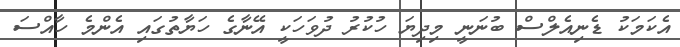
އެކަމަކު ޑެނިއެލްސް ބުނަނީ މިދިިޔަ ހުކުރު ދުވަހަކީ އޭނާގެ ހަޔާތުގައި އެންމެ ހާއްސަ